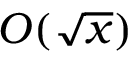
O ( { \sqrt { x } } )